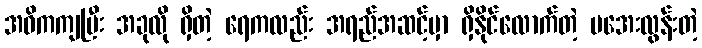
အဓိကကျပြီး အခုလို ရှိတဲ့ ရေကလည်း အရည်အဆင့်မှာ ရှိနိုင်လောက်တဲ့ မအေးလွန်းတဲ့